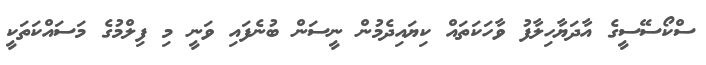
ސްކޯސޭސީގެ އާދަޔާހިލާފު ވާހަކަތައް ކިޔައިދެމުން ނީސަން ބުނެފައި ވަނީ މި ފިލްމުގެ މަސައްކަތަކީ